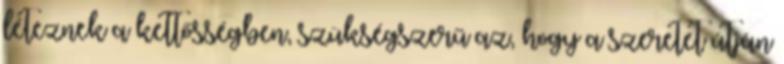
léteznek a kettősségben, szükségszerű az, hogy a szeretet útján